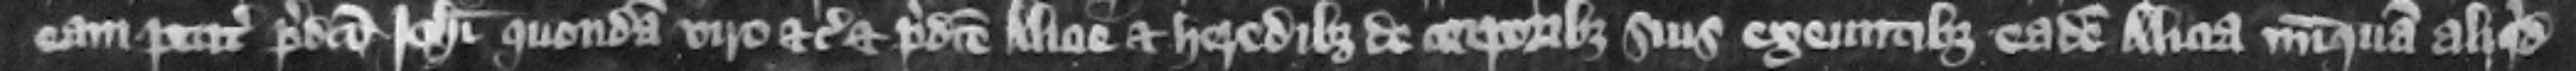
eam petita predicto Iohanni quondam viro etc. et predicte Alicie et heredibus de corporibus suis exeuntibus eadem Alicia nunquam aliquid